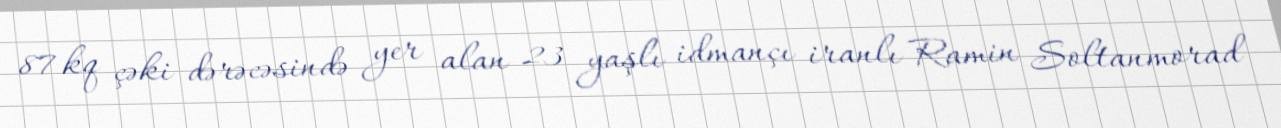
87 kq çəki dərəcəsində yer alan 23 yaşlı idmançı iranlı Ramin Soltanmorad